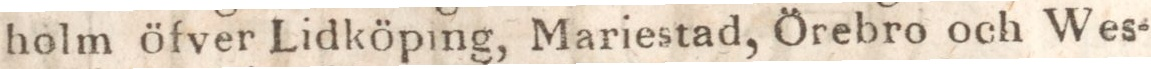
holm öfver Lidköping, Mariestad, Örebro och Wes-